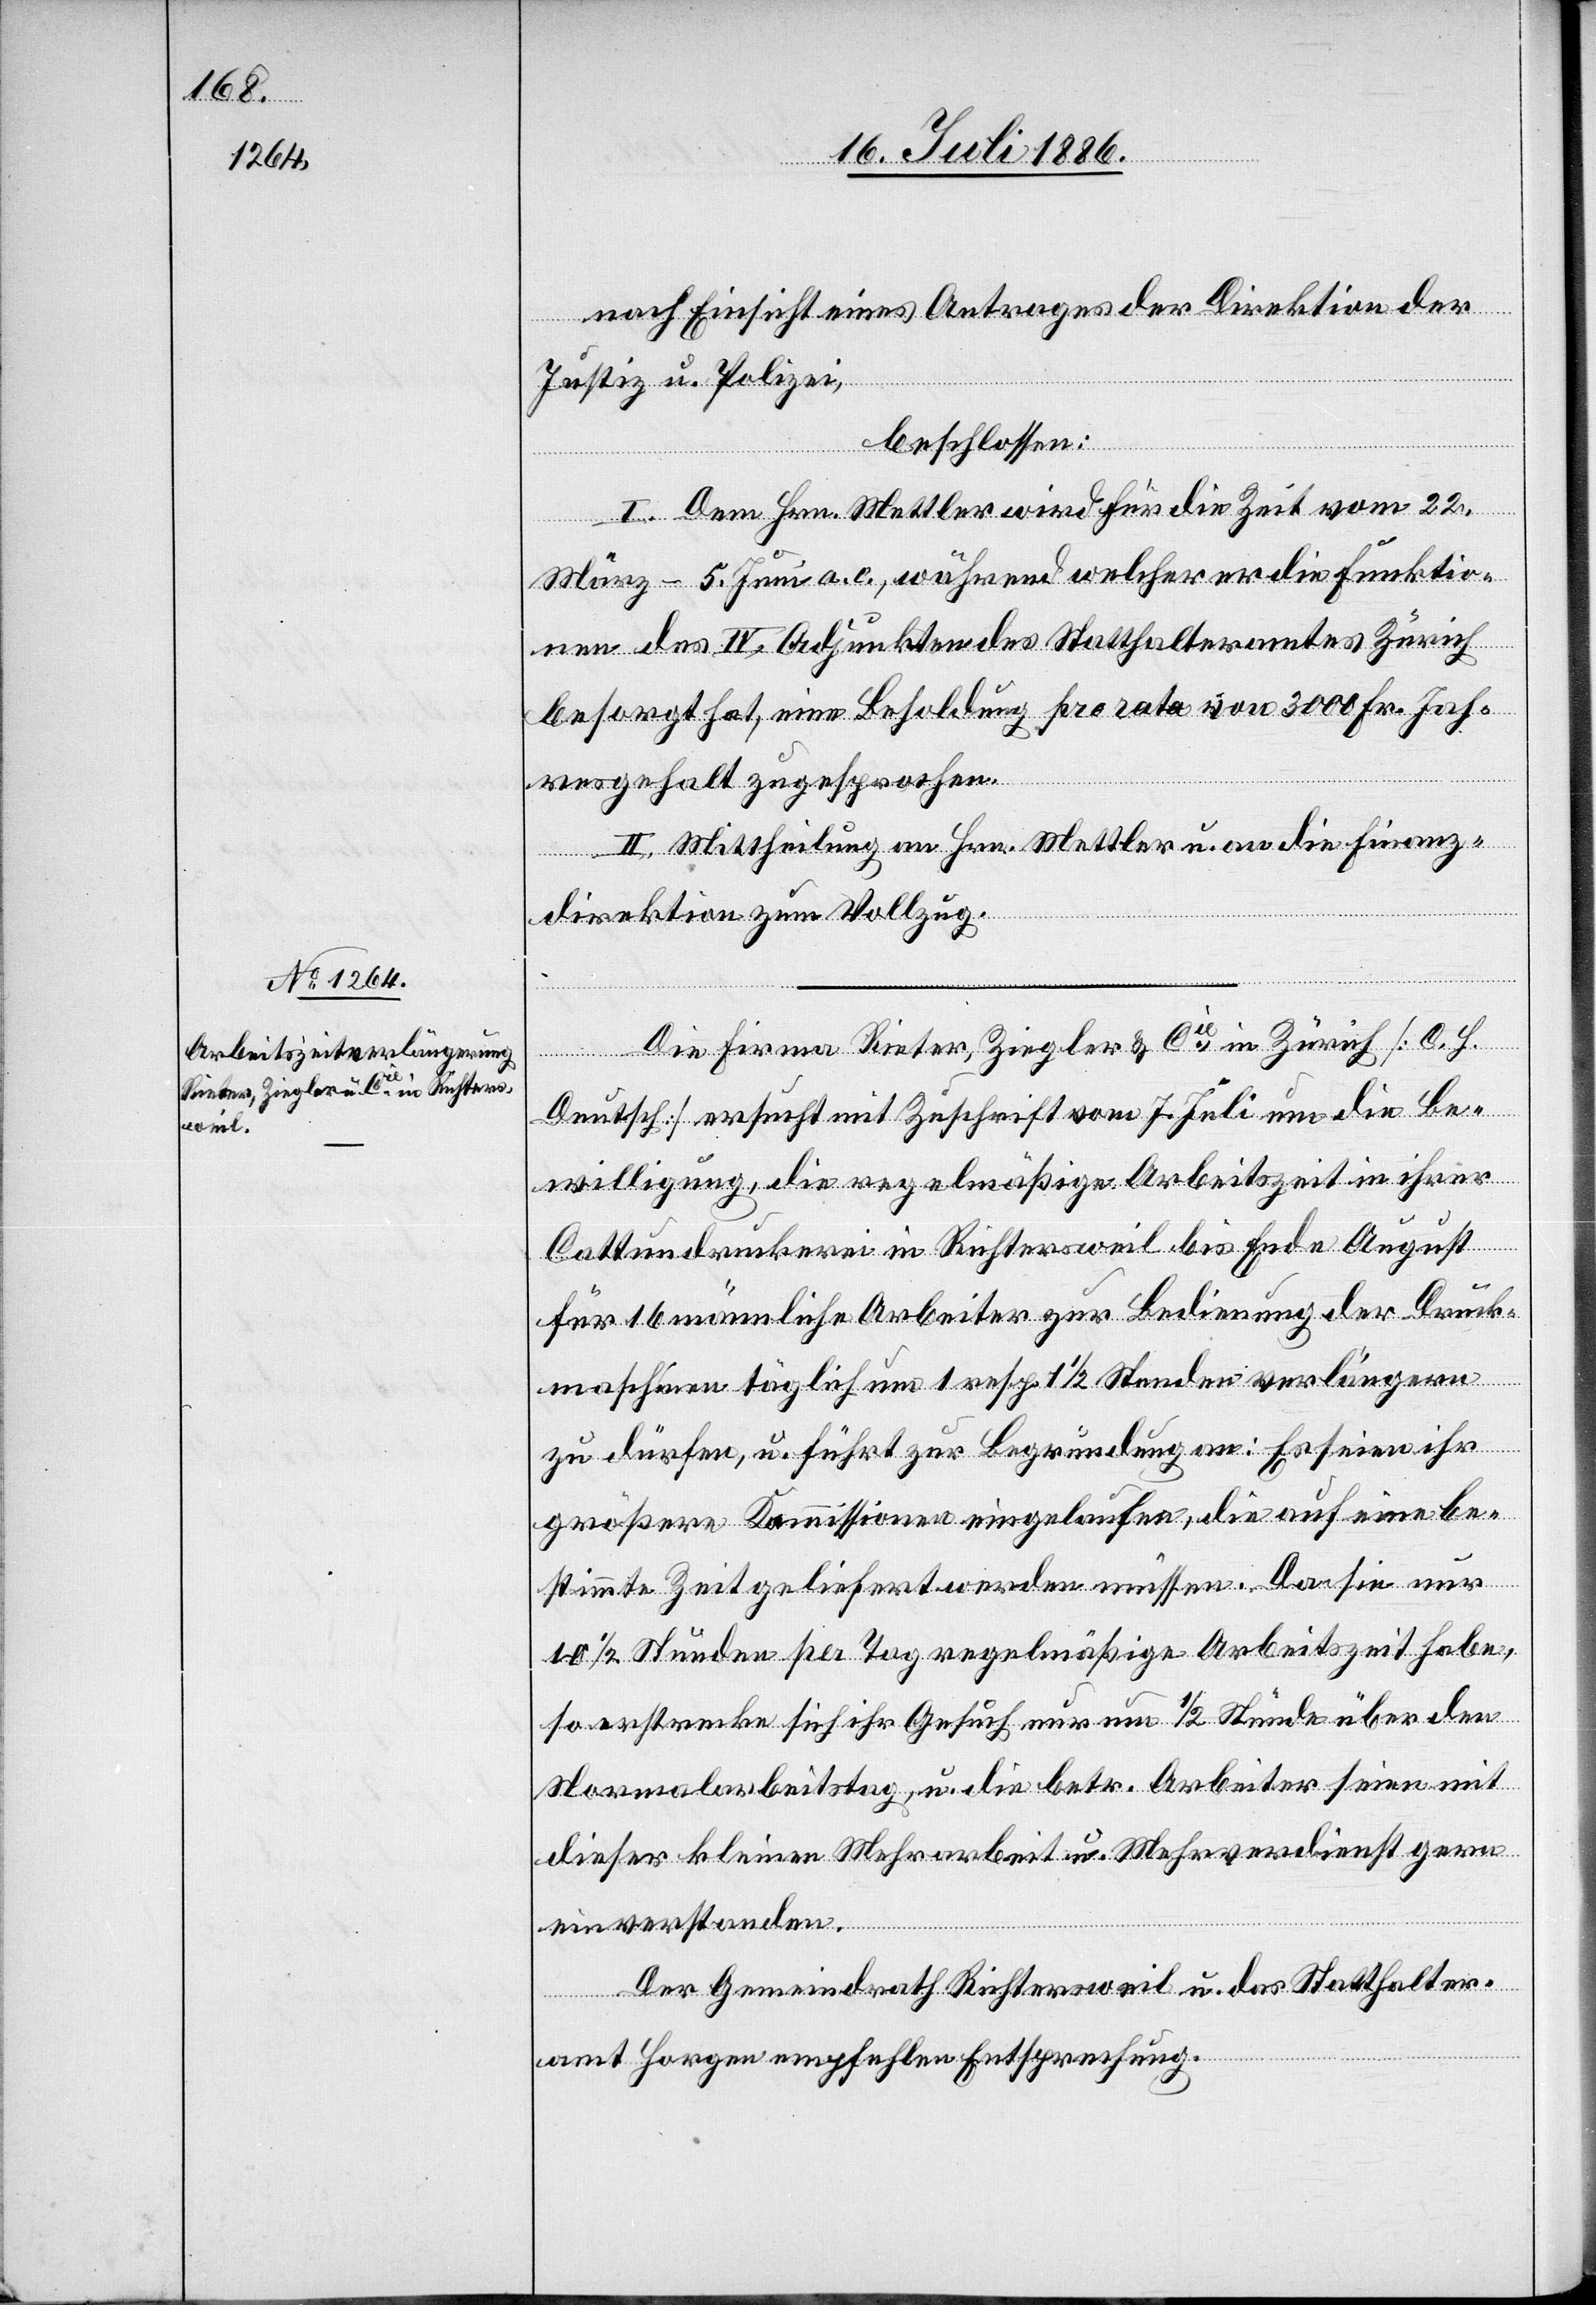
nach Einsicht eines Antrages der Direktion der
Justiz u. Polizei,
beschlossen:
I. Dem Hrn. Mettler wird für die Zeit vom 22.
März–5. Juni a. c., während welcher er die Funktio¬
nen des IV. Adjunkten des Statthalteramtes Zürich
besorgt hat, eine Besoldung pro rata von 3000 Fr. Jah¬
resgehalt zugesprochen.
II. Mittheilung an Hrn. Mettler u. an die Finanz¬
direktion zum Vollzug.
Die Firma Rieter, Ziegler & Cie in Zürich [C. H.
Deutsch] ersucht mit Zuschrift vom 7. Juli um die Be¬
willigung, die regelmäßige Arbeitszeit in ihrer
Cattundruckerei in Richtersweil bis Ende August
für 16 männliche Arbeiter zur Bedienung der Druck¬
maschinen täglich um 1 resp. 1 1/2 Stunden verlängern
zu dürfen, u. führt zur Begründung an: Es seien ihr
größere Kommissionen eingelaufen, die auf eine be¬
stimmte Zeit geliefert werden müssen. Da sie nur
10 1/2 Stunden pro Tag regelmäßige Arbeitszeit habe,
so erstrecke sich ihr Gesuch nur um [eine] 1/2 Stunde über den
Normalarbeitstag, u. die betr. Arbeiter seien mit
dieser kleinen Mehrarbeit u. Mehrverdienst gern
einverstanden.
Der Gemeindrath Richtersweil u. das Statthalter¬
amt Horgen empfehlen Entsprechung.